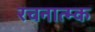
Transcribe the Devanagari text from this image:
रचनात्म्क